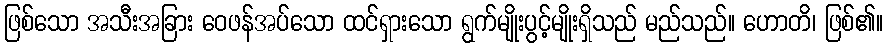
ဖြစ်သော အသီးအခြား ဝေဖန်အပ်သော ထင်ရှားသော ရွက်မျိုးပွင့်မျိုးရှိသည် မည်သည်။ ဟောတိ၊ ဖြစ်၏။